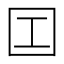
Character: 𡆬